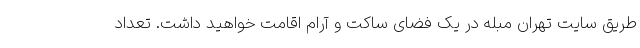
طریق سایت تهران مبله در یک فضای ساکت و آرام اقامت خواهید داشت. تعداد